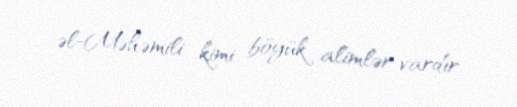
əl-Məhəmili kimi böyük alimlər vardır.